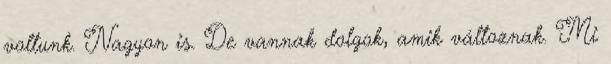
voltunk. Nagyon is. De vannak dolgok, amik változnak. Mi